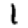
Digit: 1